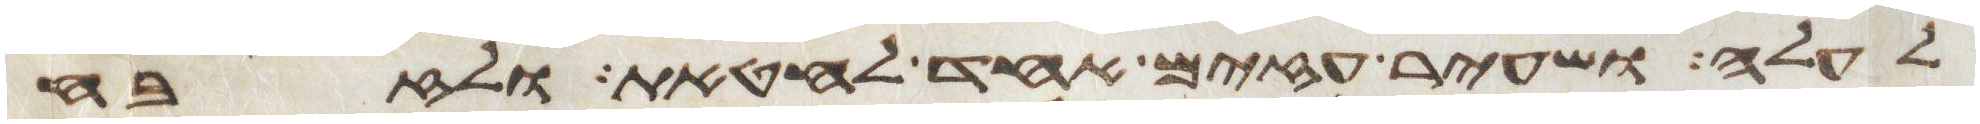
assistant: לעלה ושעיר עזים אחד לחטאת ולזבח